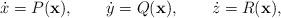
LaTeX: \begin{align*}\dot{x}=P(\mathbf{x}),\qquad\dot{y}=Q(\mathbf{x}),\qquad\dot{z}=R(\mathbf{x}),\end{align*}